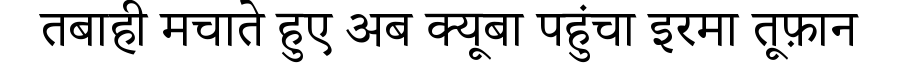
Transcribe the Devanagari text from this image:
तबाही मचाते हुए अब क्यूबा पहुंचा इरमा तूफ़ान